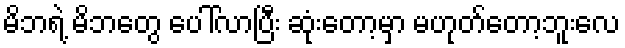
မိဘရဲ့ မိဘတွေ ပေါ်လာပြီး ဆုံးတော့မှာ မဟုတ်တော့ဘူးလေ